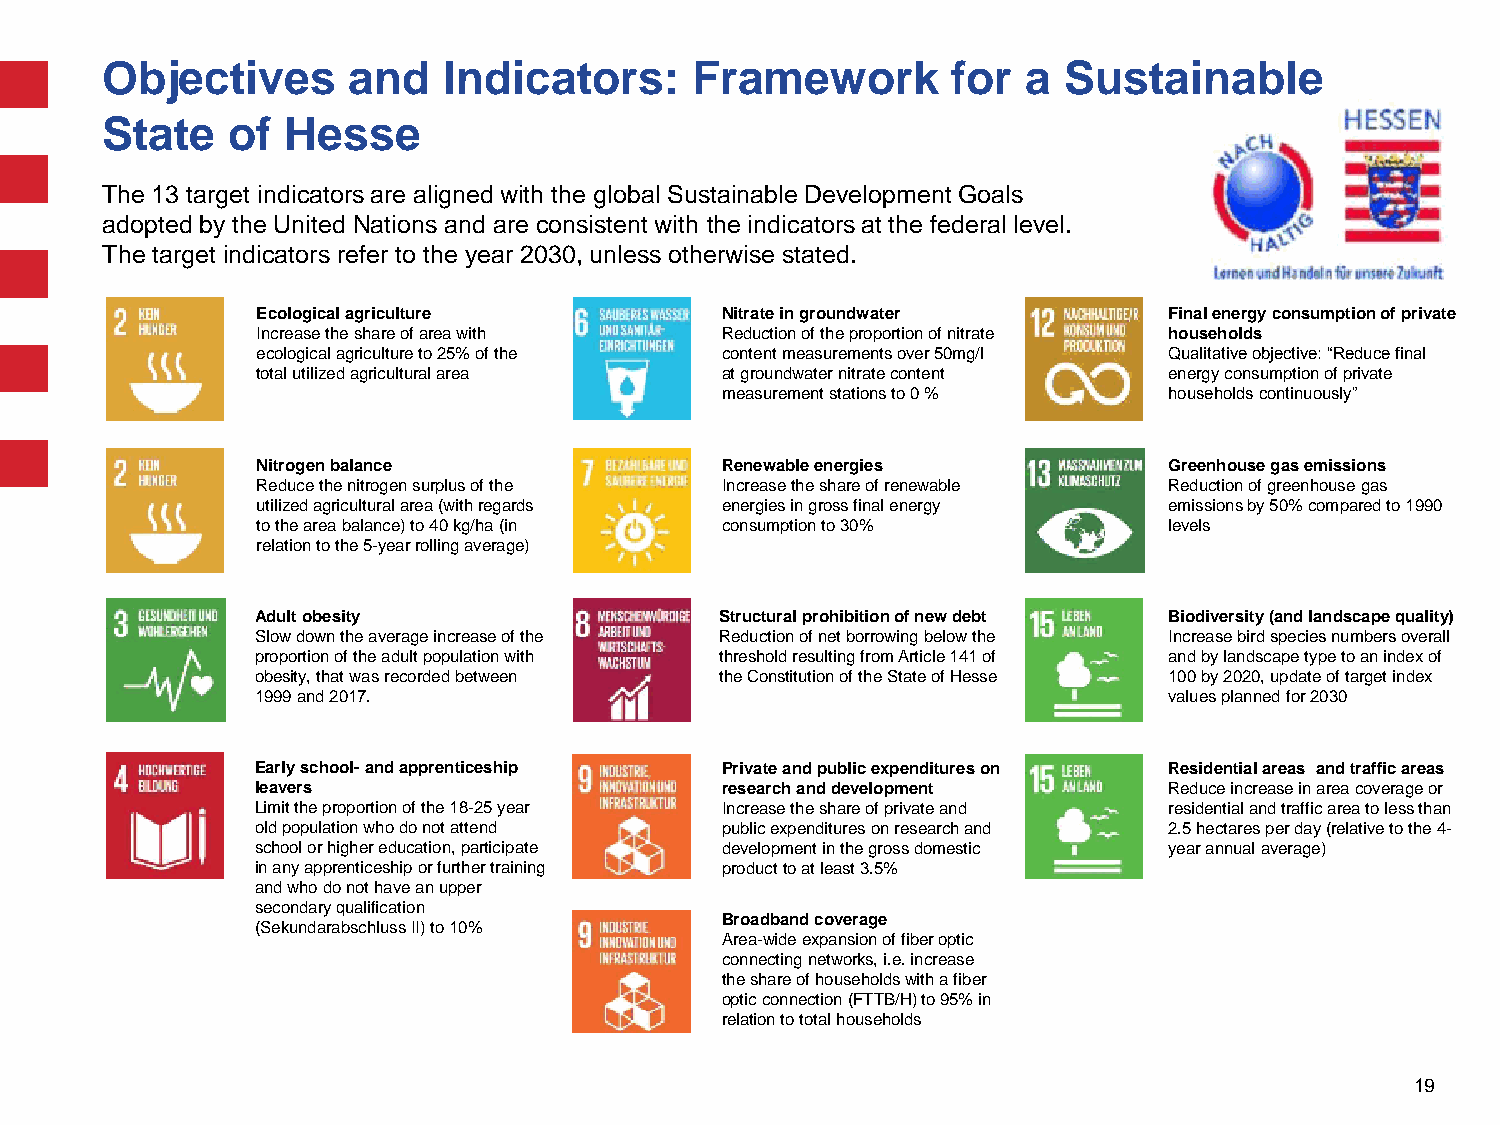
Objectives      and   Indicators:      Framework        for  a Sustainable
 State   of  Hesse
 The 13 target indicators are aligned with the global Sustainable Development Goals
 adopted by the United Nations and are consistent with the indicators at the federal level.
 The target indicators refer to the year 2030, unless otherwise stated.
 Ecological agriculture         Nitrate in groundwater       Finalenergy consumption of private
 Increase the share of area with Reduction of the proportion of nitrate households
 ecological agriculture to 25% of the content measurements over 50mg/l Qualitative objective: “Reduce final
 total utilized agricultural area at groundwater nitrate content energy consumption of private
 measurement stations to 0 %  households continuously”
 Nitrogen balance               Renewableenergies            Greenhouse gas emissions
 Reduce the nitrogen surplus of the Increasethe share of renewable Reduction of greenhouse gas
 utilized agricultural area (with regards energies in gross final energy emissions by 50% compared to 1990
 to the area balance) to 40 kg/ha (in consumption to 30%     levels
 relation to the 5-year rolling average)
 Adult obesity                  Structural prohibition ofnew debt Biodiversity (and landscape quality)
 Slow down the average increase of the Reduction of net borrowing below the Increase bird species numbers overall
 proportion of the adult population with threshold resulting from Article 141 of and by landscape type to an index of
 obesity, that was recorded between the Constitution of theState of Hesse 100 by 2020, update of target index
 1999 and 2017.                                              values planned for 2030
 Early school-and apprenticeship Private and public expenditures on Residentialareas and traffic areas
 leavers                        research and development     Reduce increase in area coverage or
 Limit the proportion of the 18-25 year Increase the share of private and residential and traffic area to less than
 old population who do not attend public expenditures on research and 2.5 hectares per day (relative to the 4-
 school or higher education, participate development in the gross domestic year annual average)
 in any apprenticeship or further training productto at least 3.5%
 and who do not have an upper
 secondary qualification
 Broadband coverage
 (SekundarabschlussII) to 10%
 Area-wideexpansion of fiber optic
 connecting networks, i.e. increase
 the share of households with a fiber
 optic connection (FTTB/H) to 95% in
 relation to total households
 19